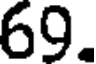
69.